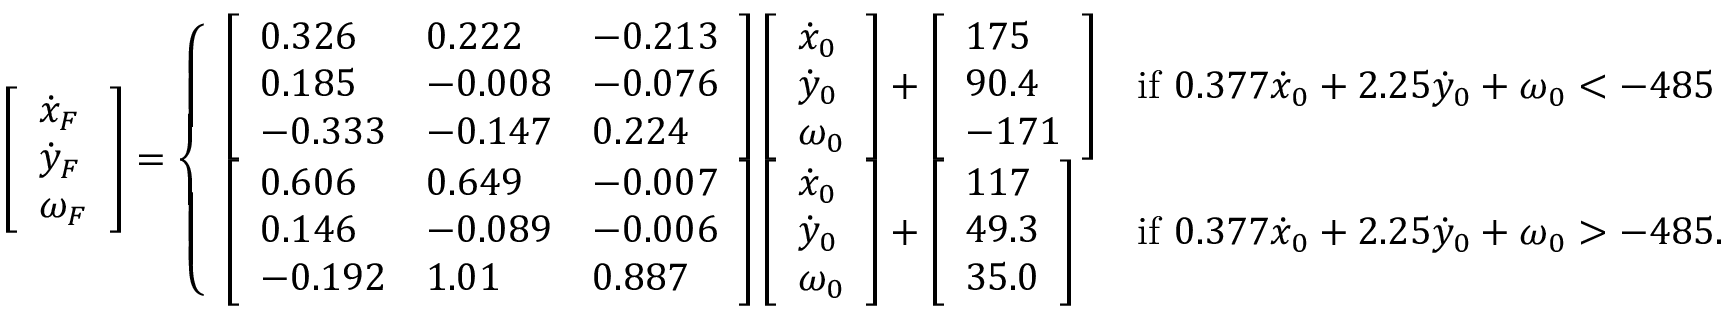
\left[ \begin{array} { l } { \dot { x } _ { F } } \\ { \dot { y } _ { F } } \\ { \omega _ { F } } \end{array} \right] = \left\{ \begin{array} { l l } { \left[ \begin{array} { l l l } { 0 . 3 2 6 } & { 0 . 2 2 2 } & { - 0 . 2 1 3 } \\ { 0 . 1 8 5 } & { - 0 . 0 0 8 } & { - 0 . 0 7 6 } \\ { - 0 . 3 3 3 } & { - 0 . 1 4 7 } & { 0 . 2 2 4 } \end{array} \right] \left[ \begin{array} { l } { \dot { x } _ { 0 } } \\ { \dot { y } _ { 0 } } \\ { \omega _ { 0 } } \end{array} \right] + \left[ \begin{array} { l } { 1 7 5 } \\ { 9 0 . 4 } \\ { - 1 7 1 } \end{array} \right] } & { \mathrm { i f ~ } 0 . 3 7 7 \dot { x } _ { 0 } + 2 . 2 5 \dot { y } _ { 0 } + \omega _ { 0 } < - 4 8 5 } \\ { \left[ \begin{array} { l l l } { 0 . 6 0 6 } & { 0 . 6 4 9 } & { - 0 . 0 0 7 } \\ { 0 . 1 4 6 } & { - 0 . 0 8 9 } & { - 0 . 0 0 6 } \\ { - 0 . 1 9 2 } & { 1 . 0 1 } & { 0 . 8 8 7 } \end{array} \right] \left[ \begin{array} { l } { \dot { x } _ { 0 } } \\ { \dot { y } _ { 0 } } \\ { \omega _ { 0 } } \end{array} \right] + \left[ \begin{array} { l } { 1 1 7 } \\ { 4 9 . 3 } \\ { 3 5 . 0 } \end{array} \right] } & { \mathrm { i f ~ } 0 . 3 7 7 \dot { x } _ { 0 } + 2 . 2 5 \dot { y } _ { 0 } + \omega _ { 0 } > - 4 8 5 . } \end{array} \right.